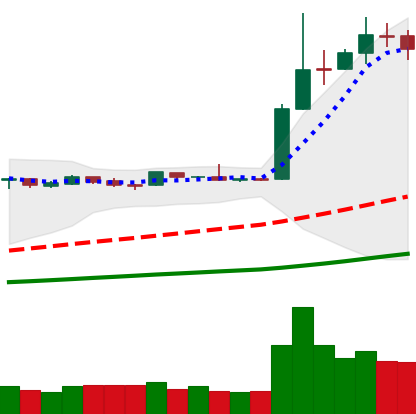
Ticker: LTC-USD
Chart end date: 2019-04-08
Forward return: -12.595%
Label: down_7plus